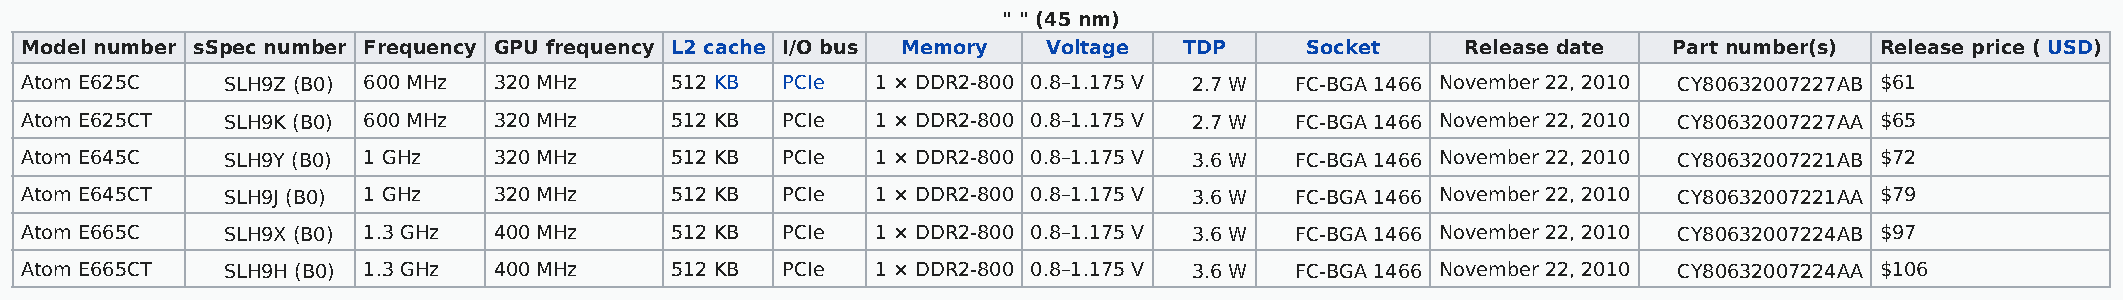
" " (45 nm)
 Model number sSpec number Frequency GPU frequency L2 cache I/O bus Memory Voltage TDP Socket    Release date  Part number(s) Release price ( USD)
 Atom E625C    SLH9Z (B0) 600 MHz 320 MHz   512 KB  PCIe  1 × DDR2-800 0.8–1.175 V 2.7 W FC-BGA 1466 November 22, 2010 CY80632007227AB $61
 Atom E625CT   SLH9K (B0) 600 MHz 320 MHz   512 KB  PCIe  1 × DDR2-800 0.8–1.175 V 2.7 W FC-BGA 1466 November 22, 2010 CY80632007227AA $65
 Atom E645C    SLH9Y (B0) 1 GHz  320 MHz    512 KB  PCIe  1 × DDR2-800 0.8–1.175 V 3.6 W FC-BGA 1466 November 22, 2010 CY80632007221AB $72
 Atom E645CT   SLH9J (B0) 1 GHz  320 MHz    512 KB  PCIe  1 × DDR2-800 0.8–1.175 V 3.6 W FC-BGA 1466 November 22, 2010 CY80632007221AA $79
 Atom E665C    SLH9X (B0) 1.3 GHz 400 MHz   512 KB  PCIe  1 × DDR2-800 0.8–1.175 V 3.6 W FC-BGA 1466 November 22, 2010 CY80632007224AB $97
 Atom E665CT   SLH9H (B0) 1.3 GHz 400 MHz   512 KB  PCIe  1 × DDR2-800 0.8–1.175 V 3.6 W FC-BGA 1466 November 22, 2010 CY80632007224AA $106